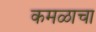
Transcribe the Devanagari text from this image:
कमळाचा